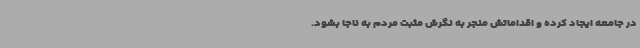
در جامعه ایجاد کرده و اقداماتش منجر به نگرش مثبت مردم به ناجا بشود.